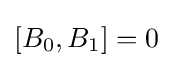
[B_{0},B_{1}]=0